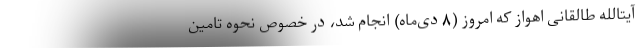
آیتالله طالقانی اهواز که امروز (۸ دی‌ماه) انجام شد، در خصوص نحوه تامین